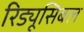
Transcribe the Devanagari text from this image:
रिड्यूसिबल